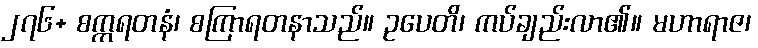
၂၇၆+ စက္ကရတနံ၊ စကြာရတနာသည်။ ဥပေတိ၊ ကပ်ချည်းလာ၏။ မဟာရာဇ၊